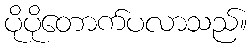
ပိုပိုတောက်ပလာသည်။